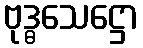
ဗုဒ္ဓသေဋ္ဌော